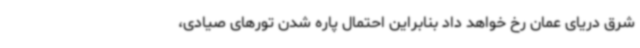
شرق دریای عمان رخ خواهد داد بنابراین احتمال پاره شدن تورهای صیادی،